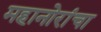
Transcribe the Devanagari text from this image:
महानोरांचा